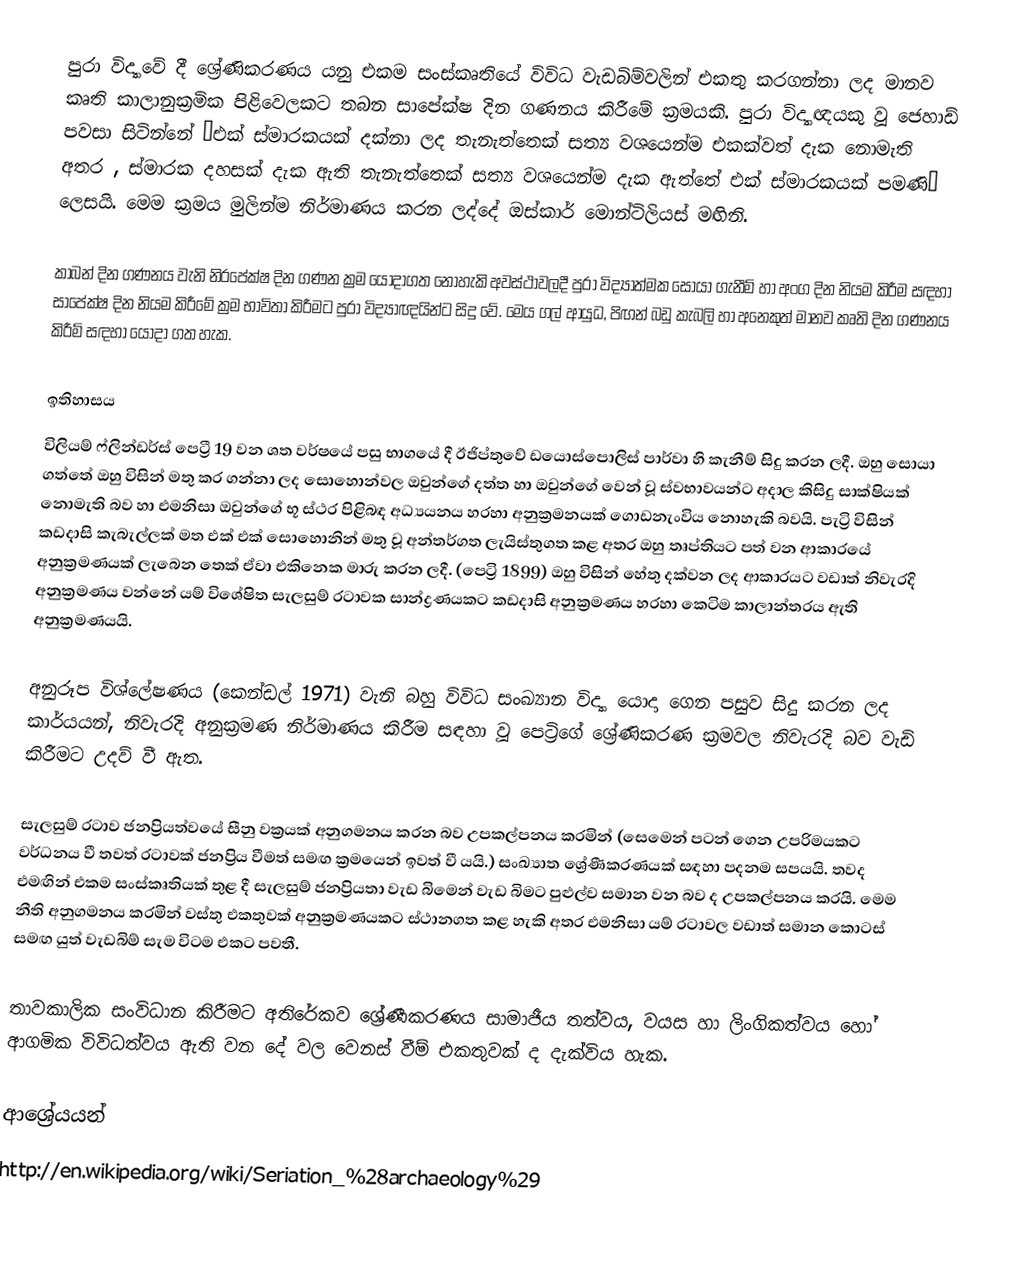
පුරා විද්‍යාවේ දී ශ්‍රේණිකරණය යනු එකම සංස්කෘතියේ විවිධ වැඩබිම්වලින් එකතු කරගන්නා ලද මානව කෘති කාලානුක්‍රමික පිළිවෙලකට තබන සාපේක්ෂ දින ගණනය කිරීමේ ක්‍රමයකි. පුරා විද්‍යාඥයකු වූ ජෙහාඩ් පවසා සිටින්නේ “එක් ස්මාරකයක් දක්නා ලද තැනැත්තෙක් සත්‍ය වශයෙන්ම එකක්වත් දැක නොමැති අතර , ස්මාරක දහසක් දැක ඇති තැනැත්තෙක් සත්‍ය වශයෙන්ම දැක ඇත්තේ එක් ස්මාරකයක් පමණි” ලෙසයි. මෙම ක්‍රමය මුලින්ම නිර්මාණය කරන ලද්දේ ඔස්කාර් මොන්ටිලියස් මඟිනි.

කාබන් දින ගණනය වැනි නිරපේක්ෂ දින ගණන ක්‍රම යොදාගත නොහැකි අවස්ථාවලදී පුරා විද්‍යාත්මක සොයා ගැනීම් හා අංග දින නියම කිරීම සඳහා සාපේක්ෂ දින නියම කිරීමේ ක්‍රම භාවිතා කිරීමට පුරා විද්‍යාඥයින්ට සිදු වේ. මෙය ගල් ආයුධ, පිඟන් බඩු කැබලි හා අනෙකුත් මානව කෘති දින ගණනය කිරීම් සඳහා යොදා ගත හැක.

ඉතිහාසය
විලියම් ෆ්ලින්ඩර්ස් ‍පෙට්‍රී 19 වන ශත වර්ෂයේ පසු භාගයේ දී ඊජිප්තුවේ ඩයොස්පොලිස් පාර්වා හි කැනීම් සිදු කරන ලදී. ඔහු සොයා ගත්තේ ඔහු විසින් මතු කර ගන්නා ලද සොහොන්වල ඔවුන්ගේ දත්ත හා ඔවුන්ගේ වෙන් වූ ස්වභාවයන්ට අදාල කිසිදු සාක්ෂියක් නොමැති බව හා එමනිසා ඔවුන්ගේ භූ ස්ථර පිළිබඳ අධ්‍යයනය හරහා අනුක්‍රමනයක් ගොඩනැංවිය නොහැකි බවයි. පැට්‍රි විසින් කඩදාසි කැබැල්ලක් මත එක් එක් සොහොනින් මතු වූ අන්තර්ගත ලැයිස්තුගත කළ අතර ඔහු තෘප්තියට පත් වන ආකාරයේ අනුක්‍රමණයක් ලැබෙන තෙක් ඒවා එකිනෙක මාරු කරන ලදී. (පෙට්‍රි 1899) ඔහු විසින් හේතු දක්වන ලද ආකාරයට වඩාත් නිවැරදි අනුක්‍රමණය වන්නේ යම් විශේෂිත සැලසුම් රටාවක සාන්ද්‍රණයකට කඩදාසි අනුක්‍රමණය හරහා කෙටිම කාලාන්තරය ඇති අනුක්‍රමණයයි.

අනුරූප විශ්ලේෂණය (කෙන්ඩල් 1971) වැනි බහු විවිධ සංඛ්‍යාන විද්‍යා යොදා ගෙන පසුව සිදු කරන ලද කාර්යයන්, නිවැරදි අනුක්‍රමණ නිර්මාණය කිරීම සඳහා වූ පෙට්‍රිගේ ශ්‍රේණිකරණ ක්‍රමවල නිවැරදි බව වැඩි කිරීමට උදව් වී ඇත.

සැලසුම් රටාව ජනප්‍රියත්වයේ සීනු වක්‍රයක් අනුගමනය කරන බව උපකල්පනය කරමින් (සෙමෙන් පටන් ගෙන උපරිමයකට වර්ධනය වී තවත් රටාවක් ජනප්‍රිය වීමත් සමඟ ක්‍රමයෙන් ඉවත් වී යයි.) සංඛ්‍යාත ‍ශ්‍රේණීකරණයක් සඳහා පදනම සපයයි. තවද එමඟින් එකම සංස්කෘතියක් තුළ දී සැලසුම් ජනප්‍රියතා වැඩ බිමෙන් වැඩ බිමට පුළුල්ව සමාන වන බව ද උපකල්පනය කරයි. මෙම නීති අනුගමනය කරමින් වස්තු එකතුවක් අනුක්‍රමණයකට ස්ථානගත කළ හැකි අතර එමනිසා යම් රටාවල වඩාත් සමාන කොටස් සමඟ යුත් වැඩබිම් සැම විටම එකට පවතී.

තාවකාලික සංවිධාන කිරීමට අතිරේකව ශ්‍රේණීකරණය සාමාජීය තත්වය, වයස හා ලිංගිකත්වය හෝ ආගමික විවිධත්වය ඇති වන දේ වල වෙනස් වීම් එකතුවක් ද දැක්විය හැක.

ආශ්‍රේයයන්
http://en.wikipedia.org/wiki/Seriation_%28archaeology%29